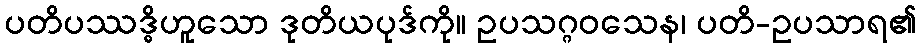
ပတိပဿဒ္ဓိဟူသော ဒုတိယပုဒ်ကို။ ဥပသဂ္ဂဝသေန၊ ပတိ-ဥပသာရ၏